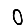
Digit: 0